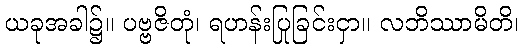
ယခုအခါ၌။ ပဗ္ဗဇိတုံ၊ ရဟန်းပြုခြင်းငှာ။ လဘိဿာမိတိ၊